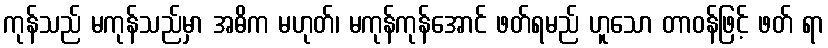
ကုန်သည် မကုန်သည်မှာ အဓိက မဟုတ်၊ မကုန်ကုန်အောင် ဖတ်ရမည် ဟူသော တာဝန်ဖြင့် ဖတ် ရာ